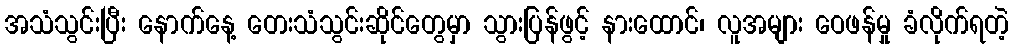
အသံသွင်းပြီး နောက်နေ့ တေးသံသွင်းဆိုင်တွေမှာ သွားပြန်ဖွင့် နားထောင်၊ လူအများ ဝေဖန်မှု ခံလိုက်ရတဲ့